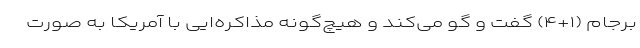
برجام (۱+۴) گفت و گو می‌کند و هیچ‌گونه مذاکره‌ایی با آمریکا به صورت